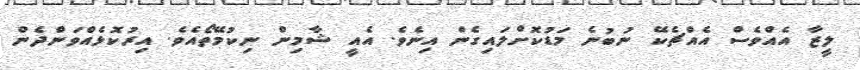
ލީޒާ އެއްވެސް އެއްޗެކޭ ނުބުނެ މަޑުކޮށްލައިގެން އިނެވެ. އެއީ ޝާމިން ނިކުމޭތޯއެވެ. އިރުކޮޅެއްވަންދެން